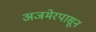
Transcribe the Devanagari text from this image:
अजमेरपासून